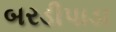
બરડીપાડા